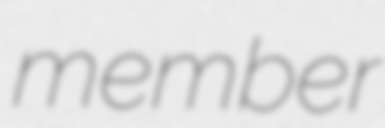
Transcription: member